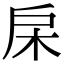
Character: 㦿